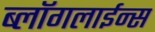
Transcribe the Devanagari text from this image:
ब्लॉगलाईन्स